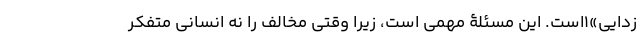
زدایی»۱است. این مسئلۀ مهمی است، زیرا وقتی مخالف را نه انسانی متفکر